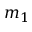
m _ { 1 }